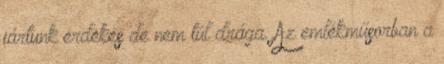
jártunk érdekes de nem túl drága. Az emlékműsorban a